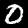
Label: 0